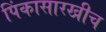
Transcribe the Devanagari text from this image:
पिंकासारखीच